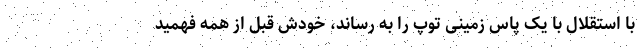
با استقلال با یک پاس زمینی توپ را به رساند، خودش قبل از همه فهمید